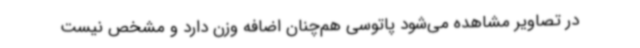
در تصاویر مشاهده می‌شود پاتوسی هم‌چنان اضافه وزن دارد و مشخص نیست